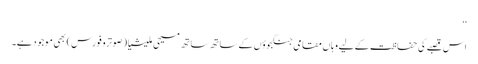
‘‘
اس قصبے کی حفاظت کے لیے وہاں مقامی جنگجوؤں کے ساتھ ساتھ مسیحی ملیشیا (صوترو فورس) بھی موجود ہے۔